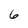
Character: 6